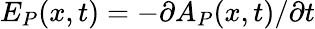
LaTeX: E_{P}(x,t)=-\partial A_{P}(x,t)/\partial t